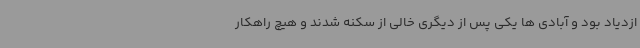
ازدیاد بود و آبادی ها یکی پس از دیگری خالی از سکنه شدند و هیچ راهکار